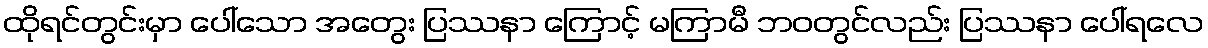
ထိုရင်တွင်းမှာ ပေါ်သော အတွေး ပြဿနာ ကြောင့် မကြာမီ ဘဝတွင်လည်း ပြဿနာ ပေါ်ရလေ